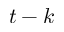
t - k